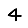
Digit: 4